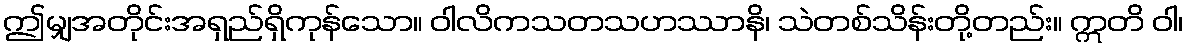
ဤမျှအတိုင်းအရှည်ရှိကုန်သော။ ဝါလိကသတသဟဿာနိ၊ သဲတစ်သိန်းတို့တည်း။ ဣတိ ဝါ၊